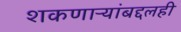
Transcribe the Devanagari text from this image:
शकणाऱ्यांबद्दलही